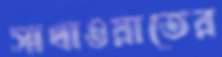
সাখাওয়াতের